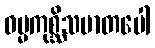
ဓမ္မကုစ္ဆိသမာတပေါ